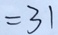
= 3 1